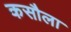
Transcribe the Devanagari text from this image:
कसौला